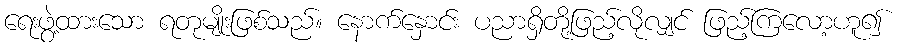
ရေးဖွဲ့ထားသော ရတုမျိုးဖြစ်သည်။ နောက်နှောင်း ပညာရှိတို့ဖြည့်လိုလျှင် ဖြည့်ကြလော့ဟူ၍